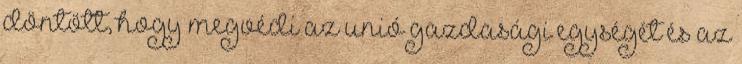
döntött, hogy megvédi az unió gazdasági egységét és az